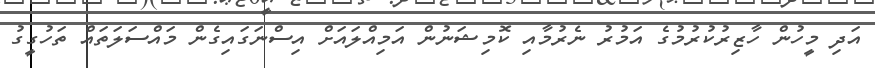
އަދި މީހުން ހާޒިރުކުރުމުގެ އަމުރު ނެރުމާއި ކޮމިޝަނުން އަމިއްލައަށް އިސްނަގައިގެން މައްސަލަތައް ތަހުގީގު